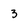
Character: 3